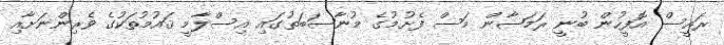
ރައީސް އޮފީހުން ބުނީ ރަމަޟާން މަސް ފެށުމުގެ މުނާސަބަތުގައި އިސްލާމީ ޤައުމުތަކުގެ ވެރިންނަށާއި